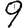
Digit: 9